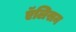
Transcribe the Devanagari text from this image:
एॅलिसन